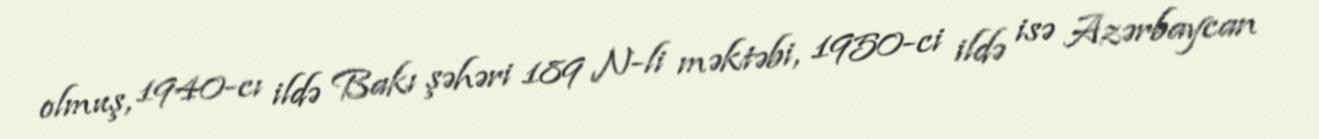
olmuş, 1940-cı ildə Bakı şəhəri 189 N-li məktəbi, 1950-ci ildə isə Azərbaycan